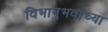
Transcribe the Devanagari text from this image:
विभानुभवांच्या